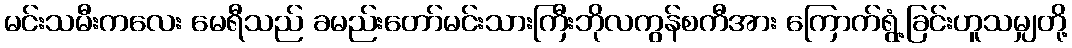
မင်းသမီးကလေး မေရီသည် ခမည်းတော်မင်းသားကြီးဘိုလကွန်စကီအား ကြောက်ရွံ့ခြင်းဟူသမျှတို့